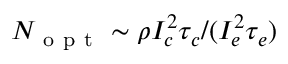
N _ { \mathrm { ~ o ~ p ~ t ~ } } \sim \rho I _ { c } ^ { 2 } \tau _ { c } / ( I _ { e } ^ { 2 } \tau _ { e } )